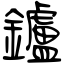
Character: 鑪